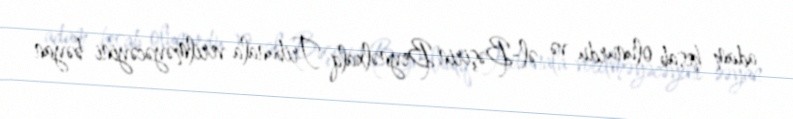
adam hesab olunurdu və əl-Bəşirin Beynəlxalq Tribunala verilməyəcəyini bəyan